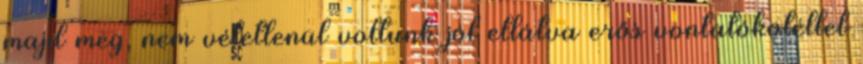
majd meg, nem véletlenül voltunk jól ellátva erős vontatókötéllel